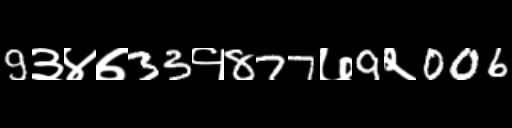
Text: 9३४७33१877७9२006